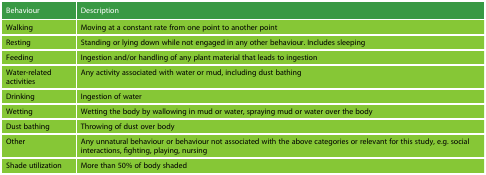
| Behaviour | Description |
 | --- | --- |
 | Walking | Moving at a constant rate from one point to another point |
 | Resting | Standing or lying down while not engaged in any other behaviour. Includes sleeping |
 | Feeding | Ingestion and/or handling of any plant material that leads to ingestion |
 | Water-related activities | Any activity associated with water or mud, including dust bathing |
 | Drinking | Ingestion of water |
 | Wetting | Wetting the body by wallowing in mud or water, spraying mud or water over the body |
 | Dust bathing | Throwing of dust over body |
 | Other | Any unnatural behaviour or behaviour not associated with the above categories or relevant for this study, e.g. social interactions, fighting, playing, nursing |
 | Shade utilization | More than 50% of body shaded |